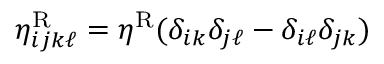
\eta _ { i j k \ell } ^ { \mathrm { R } } = \eta ^ { \mathrm { R } } ( \delta _ { i k } \delta _ { j \ell } - \delta _ { i \ell } \delta _ { j k } )